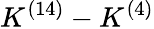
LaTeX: K^{(14)}-K^{(4)}